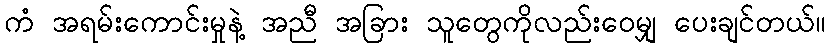
ကံ အရမ်းကောင်းမှုနဲ့ အညီ အခြား သူတွေကိုလည်းဝေမျှ ပေးချင်တယ်။